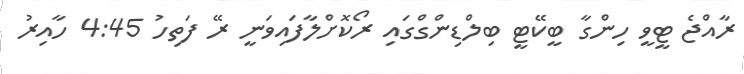
ރާއްޖެ ޓީވީ ހިންގާ ބީކޭޓީ ބިލްޑިންގްގައި ރޯކޮށްލާފައިވަނީ ރޭ ފަތިހު 4:45 ހާއިރު